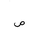
Letter: _sad